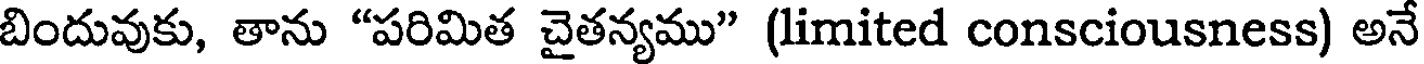
బిందువుకు, తాను "పరిమిత చైతన్యము" (limited consciousness) అనే